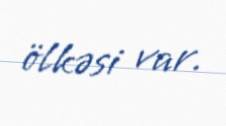
ölkəsi var.